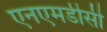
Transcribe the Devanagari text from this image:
एनएमडीसी